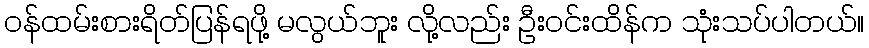
ဝန်ထမ်းစားရိတ်ပြန်ရဖို့ မလွယ်ဘူး လို့လည်း ဦးဝင်းထိန်က သုံးသပ်ပါတယ်။